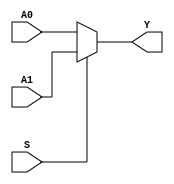
`timescale 1ns / 1ps

/// @brief 5 21
/// @param A0 15
/// @param A1 25
/// @param S  0A0 1A1
/// @param Y 5
/// @testbench MUX2T1X5_TB.v
module MUX2T1X5(
    input [4: 0] A0,
    input [4: 0] A1,
    input S,
    output [4: 0]Y);
    
    assign Y = S ? A1 : A0;
endmodule